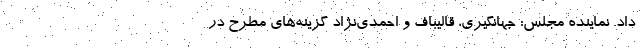
داد. نماینده مجلس: جهانگیری، قالیباف و احمدی‌نژاد گزینه‌های مطرح در